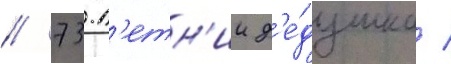
// 73-л'етн'ии д'е́душка /